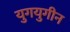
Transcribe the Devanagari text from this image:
युगयुगीन